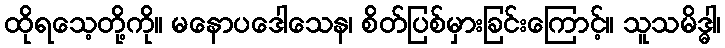
ထိုရသေ့တို့ကို။ မနောပဒေါသေန၊ စိတ်ပြစ်မှားခြင်းကြောင့်။ သူသမိဒ္ဓါ၊